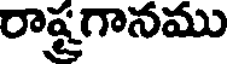
రాష్ట్రగానము